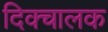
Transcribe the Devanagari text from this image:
दिक्चालक